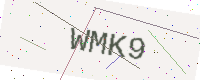
Text: WMK9